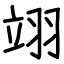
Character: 翊